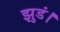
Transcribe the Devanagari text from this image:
झुडं।